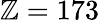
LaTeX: \mathbb{Z}=173